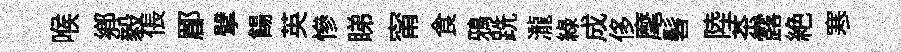
喉郷毅倀郿擘餳英慘睇甯食鴉跣瀧綠成侈麾髫陸茶露絶寒